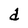
Character: d